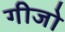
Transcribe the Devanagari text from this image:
गीजो